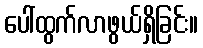
ပေါ်ထွက်လာဖွယ်ရှိခြင်း။